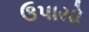
ઉપાયો